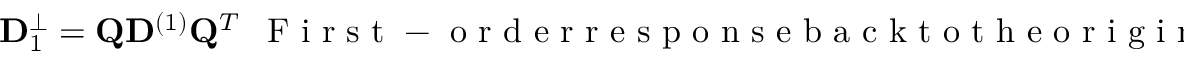
{ \bf D } _ { 1 } ^ { \perp } = { \bf Q } { \bf D } ^ { ( 1 ) } { \bf Q } ^ { T } ~ ~ \mathrm { ~ F ~ i ~ r ~ s ~ t ~ - ~ o ~ r ~ d ~ e ~ r ~ r ~ e ~ s ~ p ~ o ~ n ~ s ~ e ~ b ~ a ~ c ~ k ~ t ~ o ~ t ~ h ~ e ~ o ~ r ~ i ~ g ~ i ~ n ~ a ~ l ~ o ~ r ~ t ~ h ~ o ~ g ~ o ~ n ~ a ~ l ~ b ~ a ~ s ~ i ~ s ~ - ~ s ~ e ~ t ~ r ~ e ~ p ~ r ~ e ~ s ~ e ~ n ~ t ~ a ~ t ~ i ~ o ~ n ~ ( ~ * ~ ) ~ }